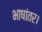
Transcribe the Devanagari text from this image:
भाषांतर।